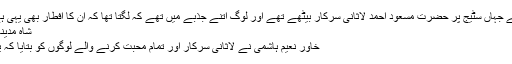
یہ لاثانی سرکار کا ڈیرہ ہے جہاں سٹیج پر حضرت مسعود احمد لاثانی سرکار بیٹھے تھے اور لوگ اتنے جذبے میں تھے کہ لگتا تھا کہ ان کا افطار بھی یہی ہے اور انتظار بھی یہی ہے
شاہ مدینہ شاہ مدینہ یثرب کے والی
خاور نعیم ہاشمی نے لاثانی سرکار اور تمام محبت کرنے والے لوگوں کو بتایا کہ یہ نعت میرے والد کی ہے۔